Reports on military cantonments and civil stations in the Presidency of Bombay inspected by the Sanitary Commissioner in the years 1875 and 1876
Year: 1875
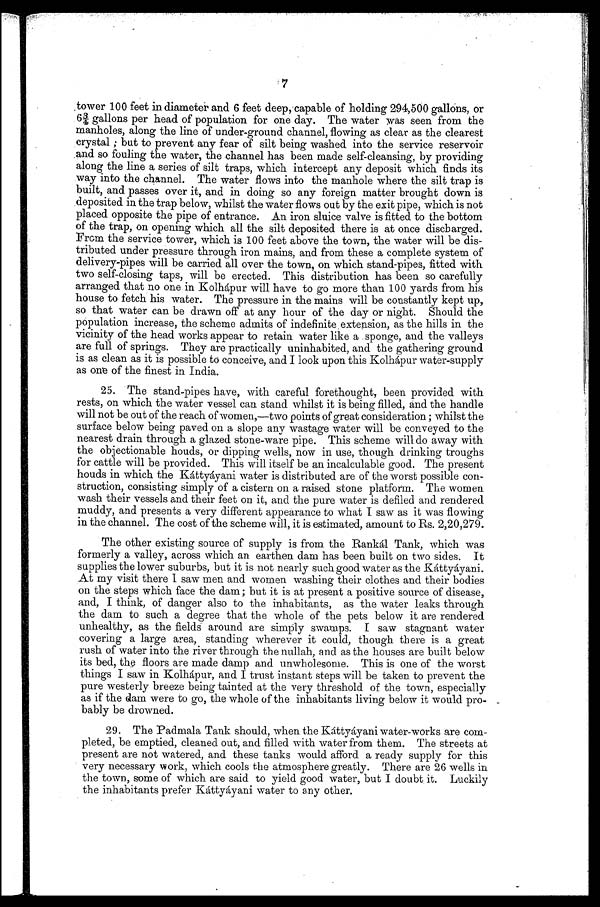
7
tower 100 feet in diameter and 6 feet deep,capable of holding 294,500 gallons, or
6 3 / 4 g a l l o n s p e r h e a d o f p o p u l a t i o n f o r o n e d a y . T h e w a t e r w a s s e e n f r o m t h e
manholes, along the line of under-ground channel, flowing as clear as the clearest
crystal ; but to prevent any fear of silt being washed. into the service reservoir
and so fouling the water, the channel has been made self-cleansing, by providing
along the line a series of silt traps, which intercept any deposit which finds its
way into the channel. The water flows into the manhole where the silt trap is
built, and passes over it, and in doing so any foreign matter brought down is
deposited in the trap below, whilst the water flows out by the exit pipe, which is not
placed opposite the pipe of entrance. An iron sluice valve is fitted to the bottom
of the trap, on opening which all the silt deposited there is at once discbarged.
Frcm the service tower, which is 100 feet above the town, the water will be dis-
tributed under pressure through iron mains, and from these a complete system of
delivery-pipes will be carried all over the town, on which stand-pipes, fitted with
two self-closing taps, will be erected. This distribution has been so carefully
arranged that no one in Kolhápur will have to go more than 100 yards from his
house to fetch his water. The pressure in the mains will be constantly kept up,
so that water can be drawn off at any hour of the day or night. Should the
population increase, the scheme admits of indefinite extension, as the hills in the
vicinity of the head works appear to retain water like a sponge, and the valleys
are full of springs. They are practically uninhabited, and the gathering ground
is as clean as it is possible to conceive, and I look upon this Kolha,pur water-supply
as on of the finest in India.
25. The stand-pipes have, with careful forethought, been provided with
rests, on which the water vessel can stand whilst it is being filled, and the handle
will not be out of the reach of women,—two points of great consideration ; whilst the
surface below being paved on a slope any wastage water will be conveyed to the
nearest drain through a glazed stone-ware pipe. This scheme will do away with
the objectionable houds, or dipping wells, now in use, though drinking troughs
for cattle will be provided. This will itself be an incalculable good. The present
houds in which the Káttyáyani water is distributed are of the worst possible con-
struction, consisting simply of a cistern on a raised stone platform. The women
wash their vessels and their feet on it, and the pure water is defiled and rendered
muddy, and presents a very different appearance to what I saw as it was flowing
in the channel. The cost of the scheme will, it is estimated, amount to Rs. 2,20,279.
The other existing source of supply is from the Rankál Tank, which was
formerly a valley, across which an earthen dam has been built on two sides. It
supplies the lower suburbs, but it is not nearly such good water as the Káttyáyani.
At my visit there I saw men and women washing their clothes and their bodies
on the steps which face the dam ; but it is at present a positive source of disease,
and, I think, of danger also to the inhabitants, as the water leaks through
the dam to such a degree that the whole of the pets below it are rendered
unhealthy, as the fields around are simply swamps. I saw stagnant water
covering a large area, standing wherever it could, though there is a great
rush of water into the river through the nullah, and as the houses are built below
its bed, the floors are made damp and unwholesome. This is one of the worst
things I saw in Kolhápur, and I trust instant steps will be taken to prevent the
pure westerly breeze being tainted at the very threshold of the town, especially
as if the dam were to go, the whole of the inhabitants living below it would pro- -
bably be drowned.
29. The Padmala Tank should, when the Káttyáyani water-works are com-
pleted, be emptied, cleaned out, and filled with water from them. The streets at
present are not watered, and these tanks would afford a ready supply for this
very necessary work, which cools the atmosphere greatly. There are 26 wells in
the town, some of which are said to yield good water, but I doubt it. Luckily
the inhabitants prefer Káttyáyani water to any other.